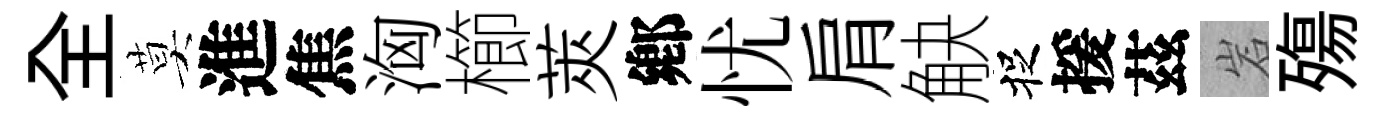
全莫進焦洶櫛莢鄕忧肩觖捉援茲岩殤